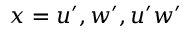
x = u ^ { \prime } , w ^ { \prime } , u ^ { \prime } w ^ { \prime }